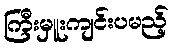
ကြီးမှူးကျင်းပမည့်